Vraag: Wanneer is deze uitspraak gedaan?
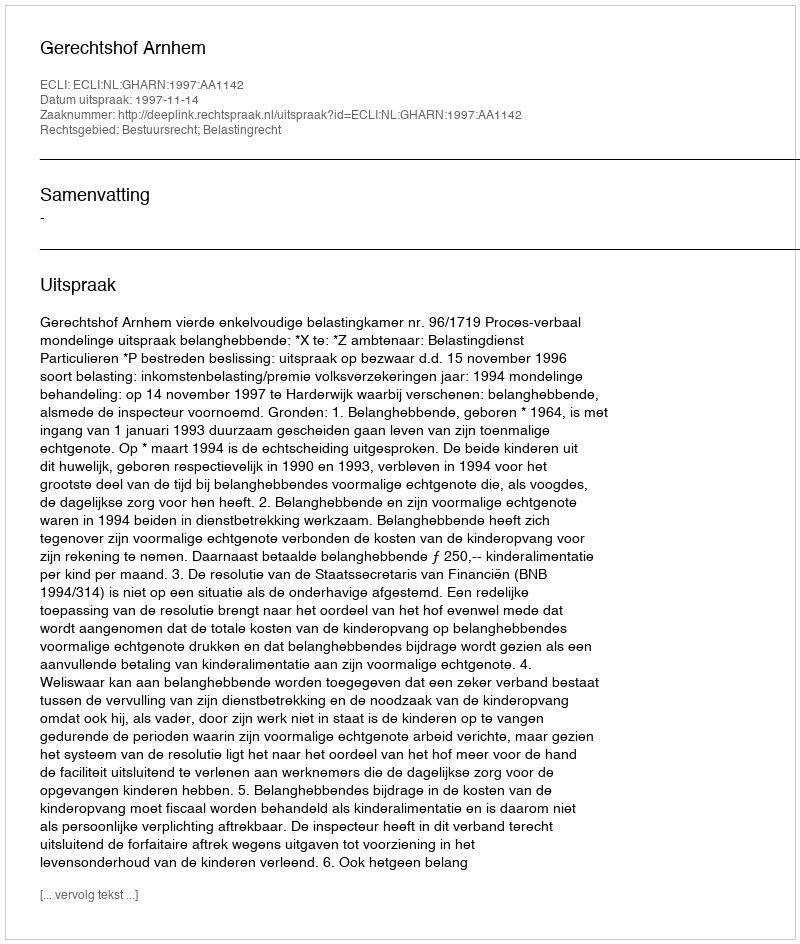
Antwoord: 1997-11-14